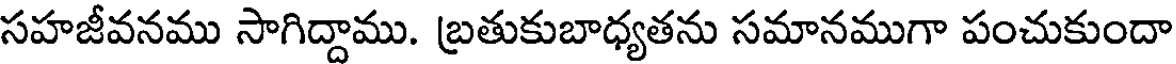
సహజీవనము సాగిద్దాము. బ్రతుకుబాధ్యతను సమానముగా పంచుకుందా